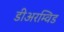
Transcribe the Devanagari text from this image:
डीअरम्विड